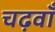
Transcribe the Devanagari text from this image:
चढ़वाँ